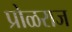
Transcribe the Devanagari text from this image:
प्रोळराज